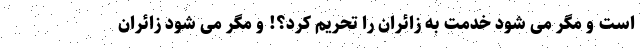
است و مگر می شود خدمت به زائران را تحریم کرد؟! و مگر می شود زائران